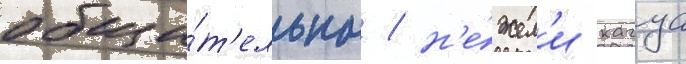
общи́т'ельна / н'е́жел'и кагуа